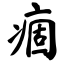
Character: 痼